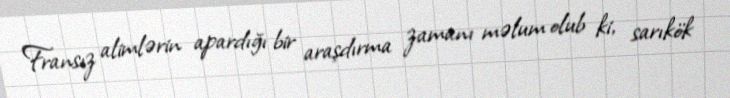
Fransız alimlərin apardığı bir araşdırma zamanı məlum olub ki, sarıkök